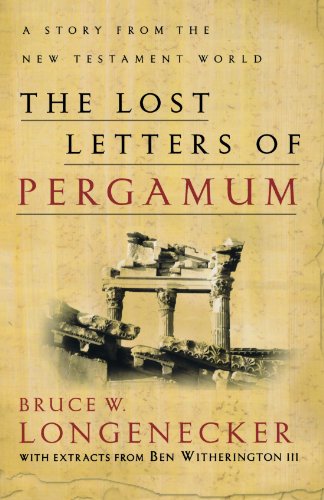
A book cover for The Lost Letters of Pergamum: A Story from the New Testament World; Bruce W. Longenecker; Christian Books & Bibles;